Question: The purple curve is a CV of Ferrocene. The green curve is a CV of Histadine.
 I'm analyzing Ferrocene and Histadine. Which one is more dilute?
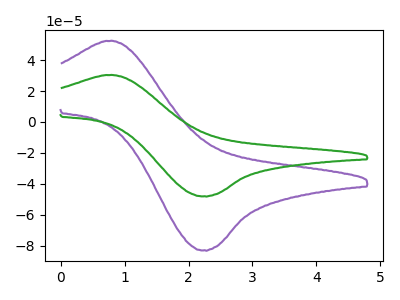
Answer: <think>The purple curve "Ferrocene" has an anodic peak at (0.80V, 52.40uA) and a cathodic peak at (2.25V, -82.90uA). The green curve "Histadine" has an anodic peak at (0.80V, 30.35uA) and a cathodic peak at (2.25V, -48.00uA).
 All the peaks in "Ferrocene" have a peak in "Histadine" at the same potential. Every peak in "Ferrocene" is higher than every peak in "Histadine".</think>
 <answer>"Ferrocene" has more signal than "Histadine" and so likely has a higher concentration.</answer>
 <eval>more_concentration</eval>